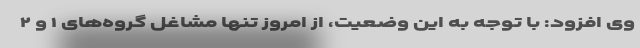
وی افزود: با توجه به این وضعیت، از امروز تنها مشاغل گروه‌های ۱ و ۲